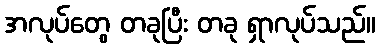
အလုပ်တွေ တခုပြီး တခု ရှာလုပ်သည်။